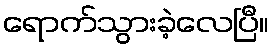
ရောက်သွားခဲ့လေပြီ။